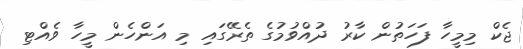
ޖެކް މިމީހާ ފަހަތުން ކާރު ދުއްވުމުގެ ތެރޭގައި މި އަންހެން މީހާ ވެއްޓި